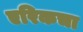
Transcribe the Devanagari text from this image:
एरिकचा